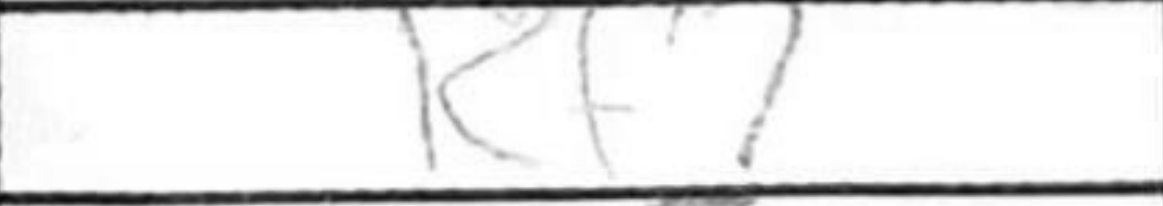
Transcription: Kf7